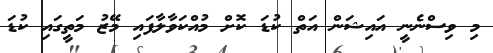
މި ވިސްނެނީ އައިޝަން އަތް ކުޑަ ކޮށް މުއްކަވާލާފައި މޭޒު މަތީގައި ކުޑަ